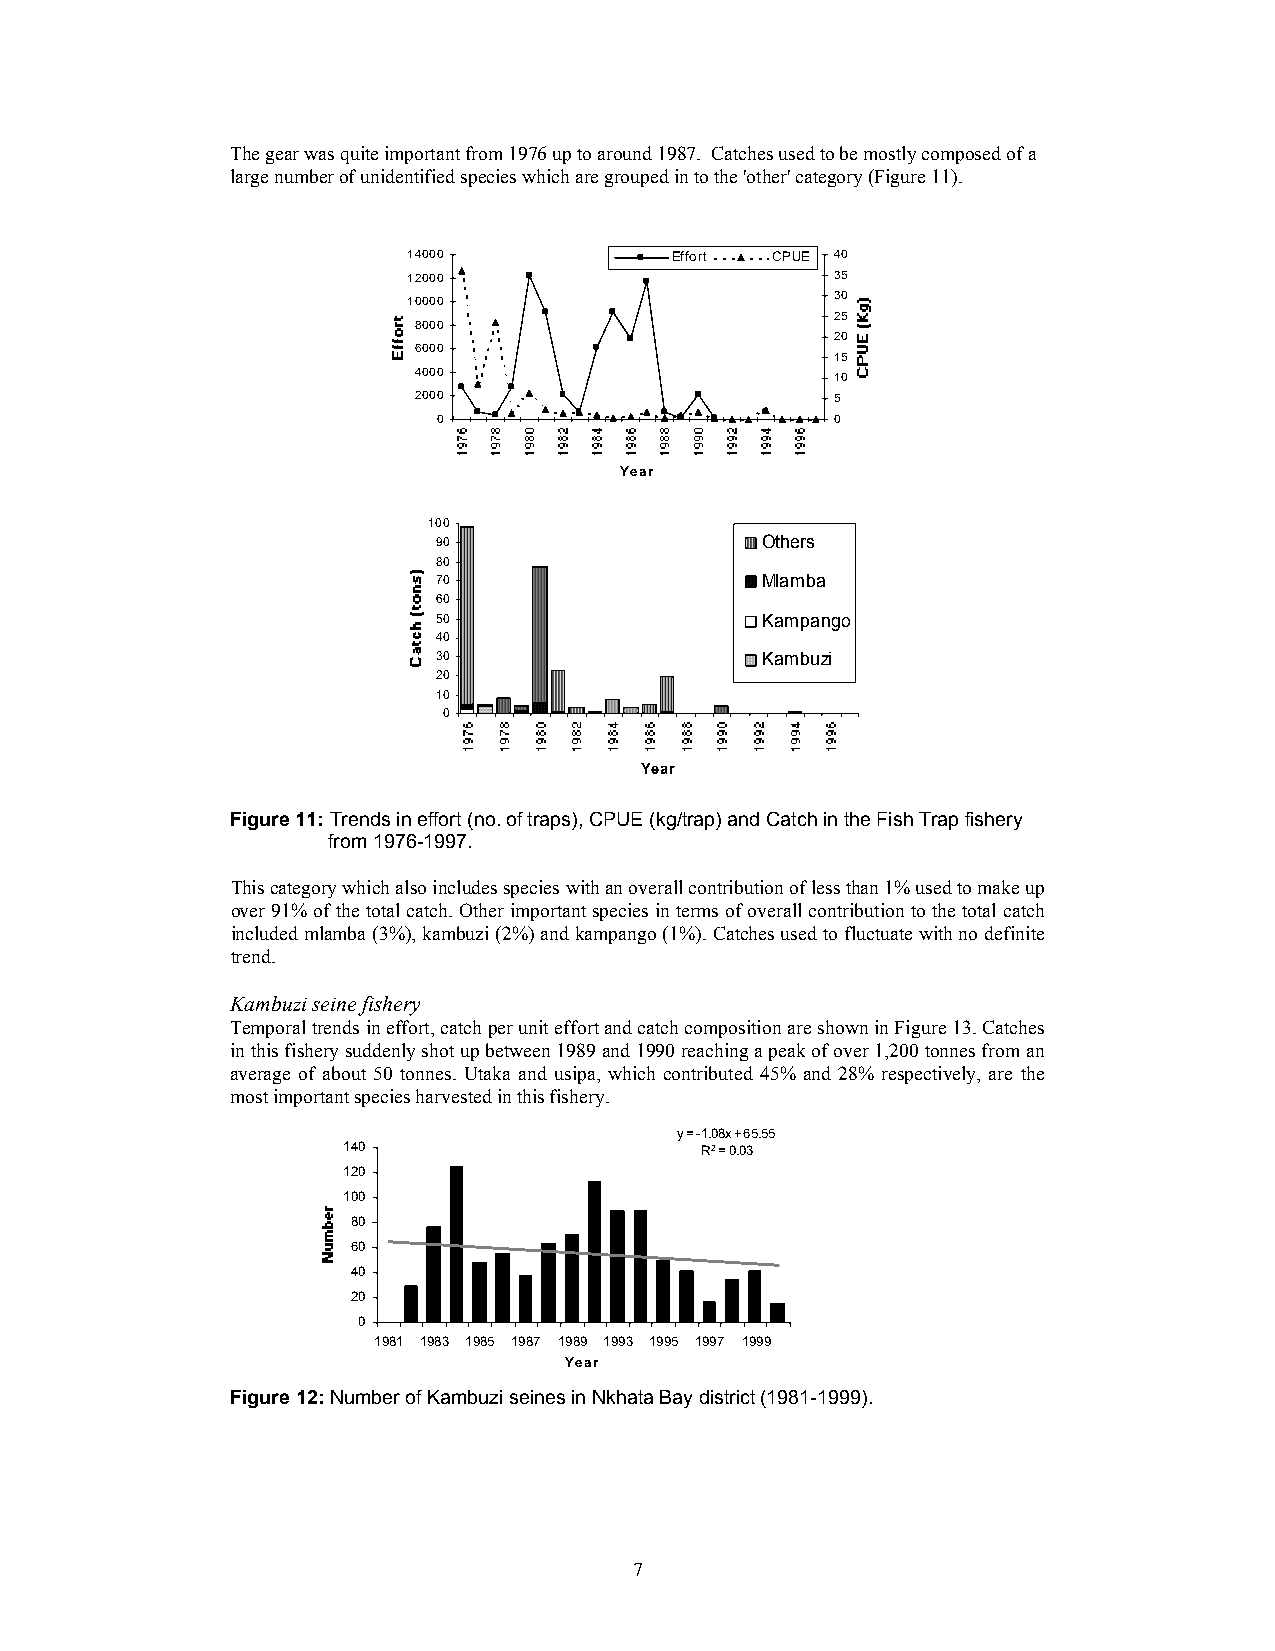
The gear was quite important from 1976 up to around 1987. Catches used to be mostly composed of a
 large number of unidentified species which are grouped in to the 'other' category (Figure 11).
 14000            Effort CPUE 40
 12000                       35
 10000                       30
 25
 8000
 20
 6000
 15
 4000                        10
 2000                        5
 0                         0
 Year
 100
 90                   Others
 80
 70                   Mlamba
 60
 50                   Kampango
 40
 30                   Kambuzi
 20
 10
 0
 Year
 Figure 11: Trends in effort (no. of traps), CPUE (kg/trap) and Catch in the Fish Trap fishery
 from 1976-1997.
 This category which also includes species with an overall contribution of less than 1% used to make up
 over 91% of the total catch. Other important species in terms of overall contribution to the total catch
 included mlamba (3%), kambuzi (2%) and kampango (1%). Catches used to fluctuate with no definite
 trend.
 Kambuzi seine fishery
 Temporal trends in effort, catch per unit effort and catch composition are shown in Figure 13. Catches
 in this fishery suddenly shot up between 1989 and 1990 reaching a peak of over 1,200 tonnes from an
 average of about 50 tonnes. Utaka and usipa, which contributed 45% and 28% respectively, are the
 most important species harvested in this fishery.
 y = -1.08x + 65.55
 140                    R2 = 0.03
 120
 100
 80
 60
 40
 20
 0
 1981 1983 1985 1987 1989 1993 1995 1997 1999
 Year
 Figure 12: Number of Kambuzi seines in Nkhata Bay district (1981-1999).
 7